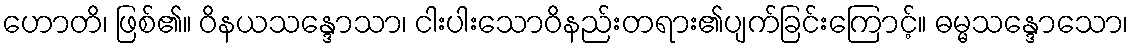
ဟောတိ၊ ဖြစ်၏။ ဝိနယသန္ဒောသာ၊ ငါးပါးသောဝိနည်းတရား၏ပျက်ခြင်းကြောင့်။ ဓမ္မသန္ဒောသော၊